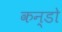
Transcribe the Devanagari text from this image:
कन्डो